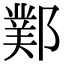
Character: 𨞊